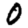
Digit: 0